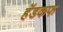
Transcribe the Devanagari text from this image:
हॅडकफ